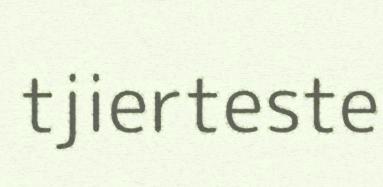
tjierteste